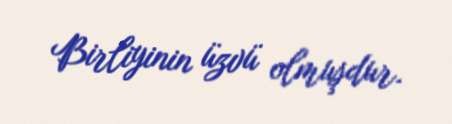
Birliyinin üzvü olmuşdur.